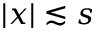
| x | \lesssim s